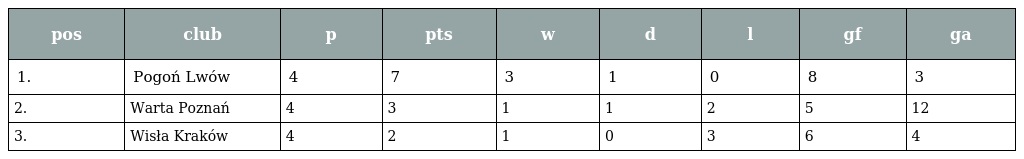
| pos | club | p | pts | w | d | l | gf | ga |
 | --- | --- | --- | --- | --- | --- | --- | --- | --- |
 | 1. | Pogoń Lwów | 4 | 7 | 3 | 1 | 0 | 8 | 3 |
 | 2. | Warta Poznań | 4 | 3 | 1 | 1 | 2 | 5 | 12 |
 | 3. | Wisła Kraków | 4 | 2 | 1 | 0 | 3 | 6 | 4 |